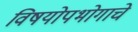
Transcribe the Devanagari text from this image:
विषयोपभोगाचे